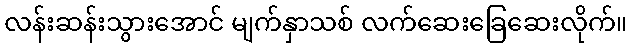
လန်းဆန်းသွားအောင် မျက်နှာသစ် လက်ဆေးခြေဆေးလိုက်။